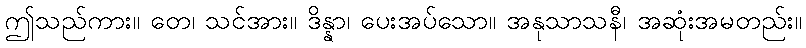
ဤသည်ကား။ တေ၊ သင်အား။ ဒိန္နာ၊ ပေးအပ်သော။ အနုသာသနီ၊ အဆုံးအမတည်း။